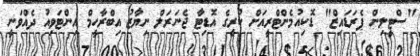
"ސްޓީލިން ޕެރަޑައިޒް" ޑޮކިއުމެންޓްރީއަށް ކުރީގެ އޮޑިޓާ ޖެނަރަލް ނިޔާޒު އިބްރާހީމް އިންޓަވިއު ދެއްވަނީ